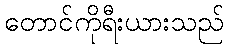
တောင်ကိုရီးယားသည်